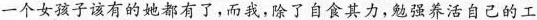
一个女孩子该有的她都有了，而我，除了自食其力，勉强养活自己的工